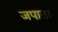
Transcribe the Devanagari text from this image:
जपाता